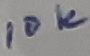
Text: 10k